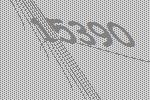
15390